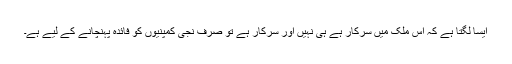
ایسا لگتا ہے کہ اس ملک میں سرکار ہے ہی نہیں اور سرکار ہے تو صرف نجی کمپنیوں کو فائدہ پہنچانے کے لیے ہے۔